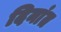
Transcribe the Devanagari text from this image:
दिनांत